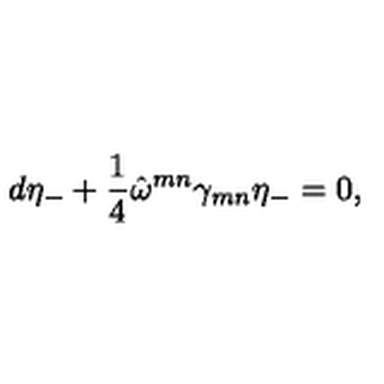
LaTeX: d \eta _ { - } + \frac { 1 } { 4 } \hat { \omega } ^ { m n } \gamma _ { m n } \eta _ { - } = 0 ,